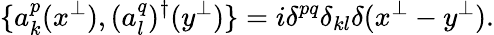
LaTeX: \{ a_{k}^{p}(x^{\perp}),(a_{l}^{q})^{\dagger}(y^{\perp})\} =i\delta^{pq}\delta_{kl}\delta(x^{\perp}-y^{\perp}).